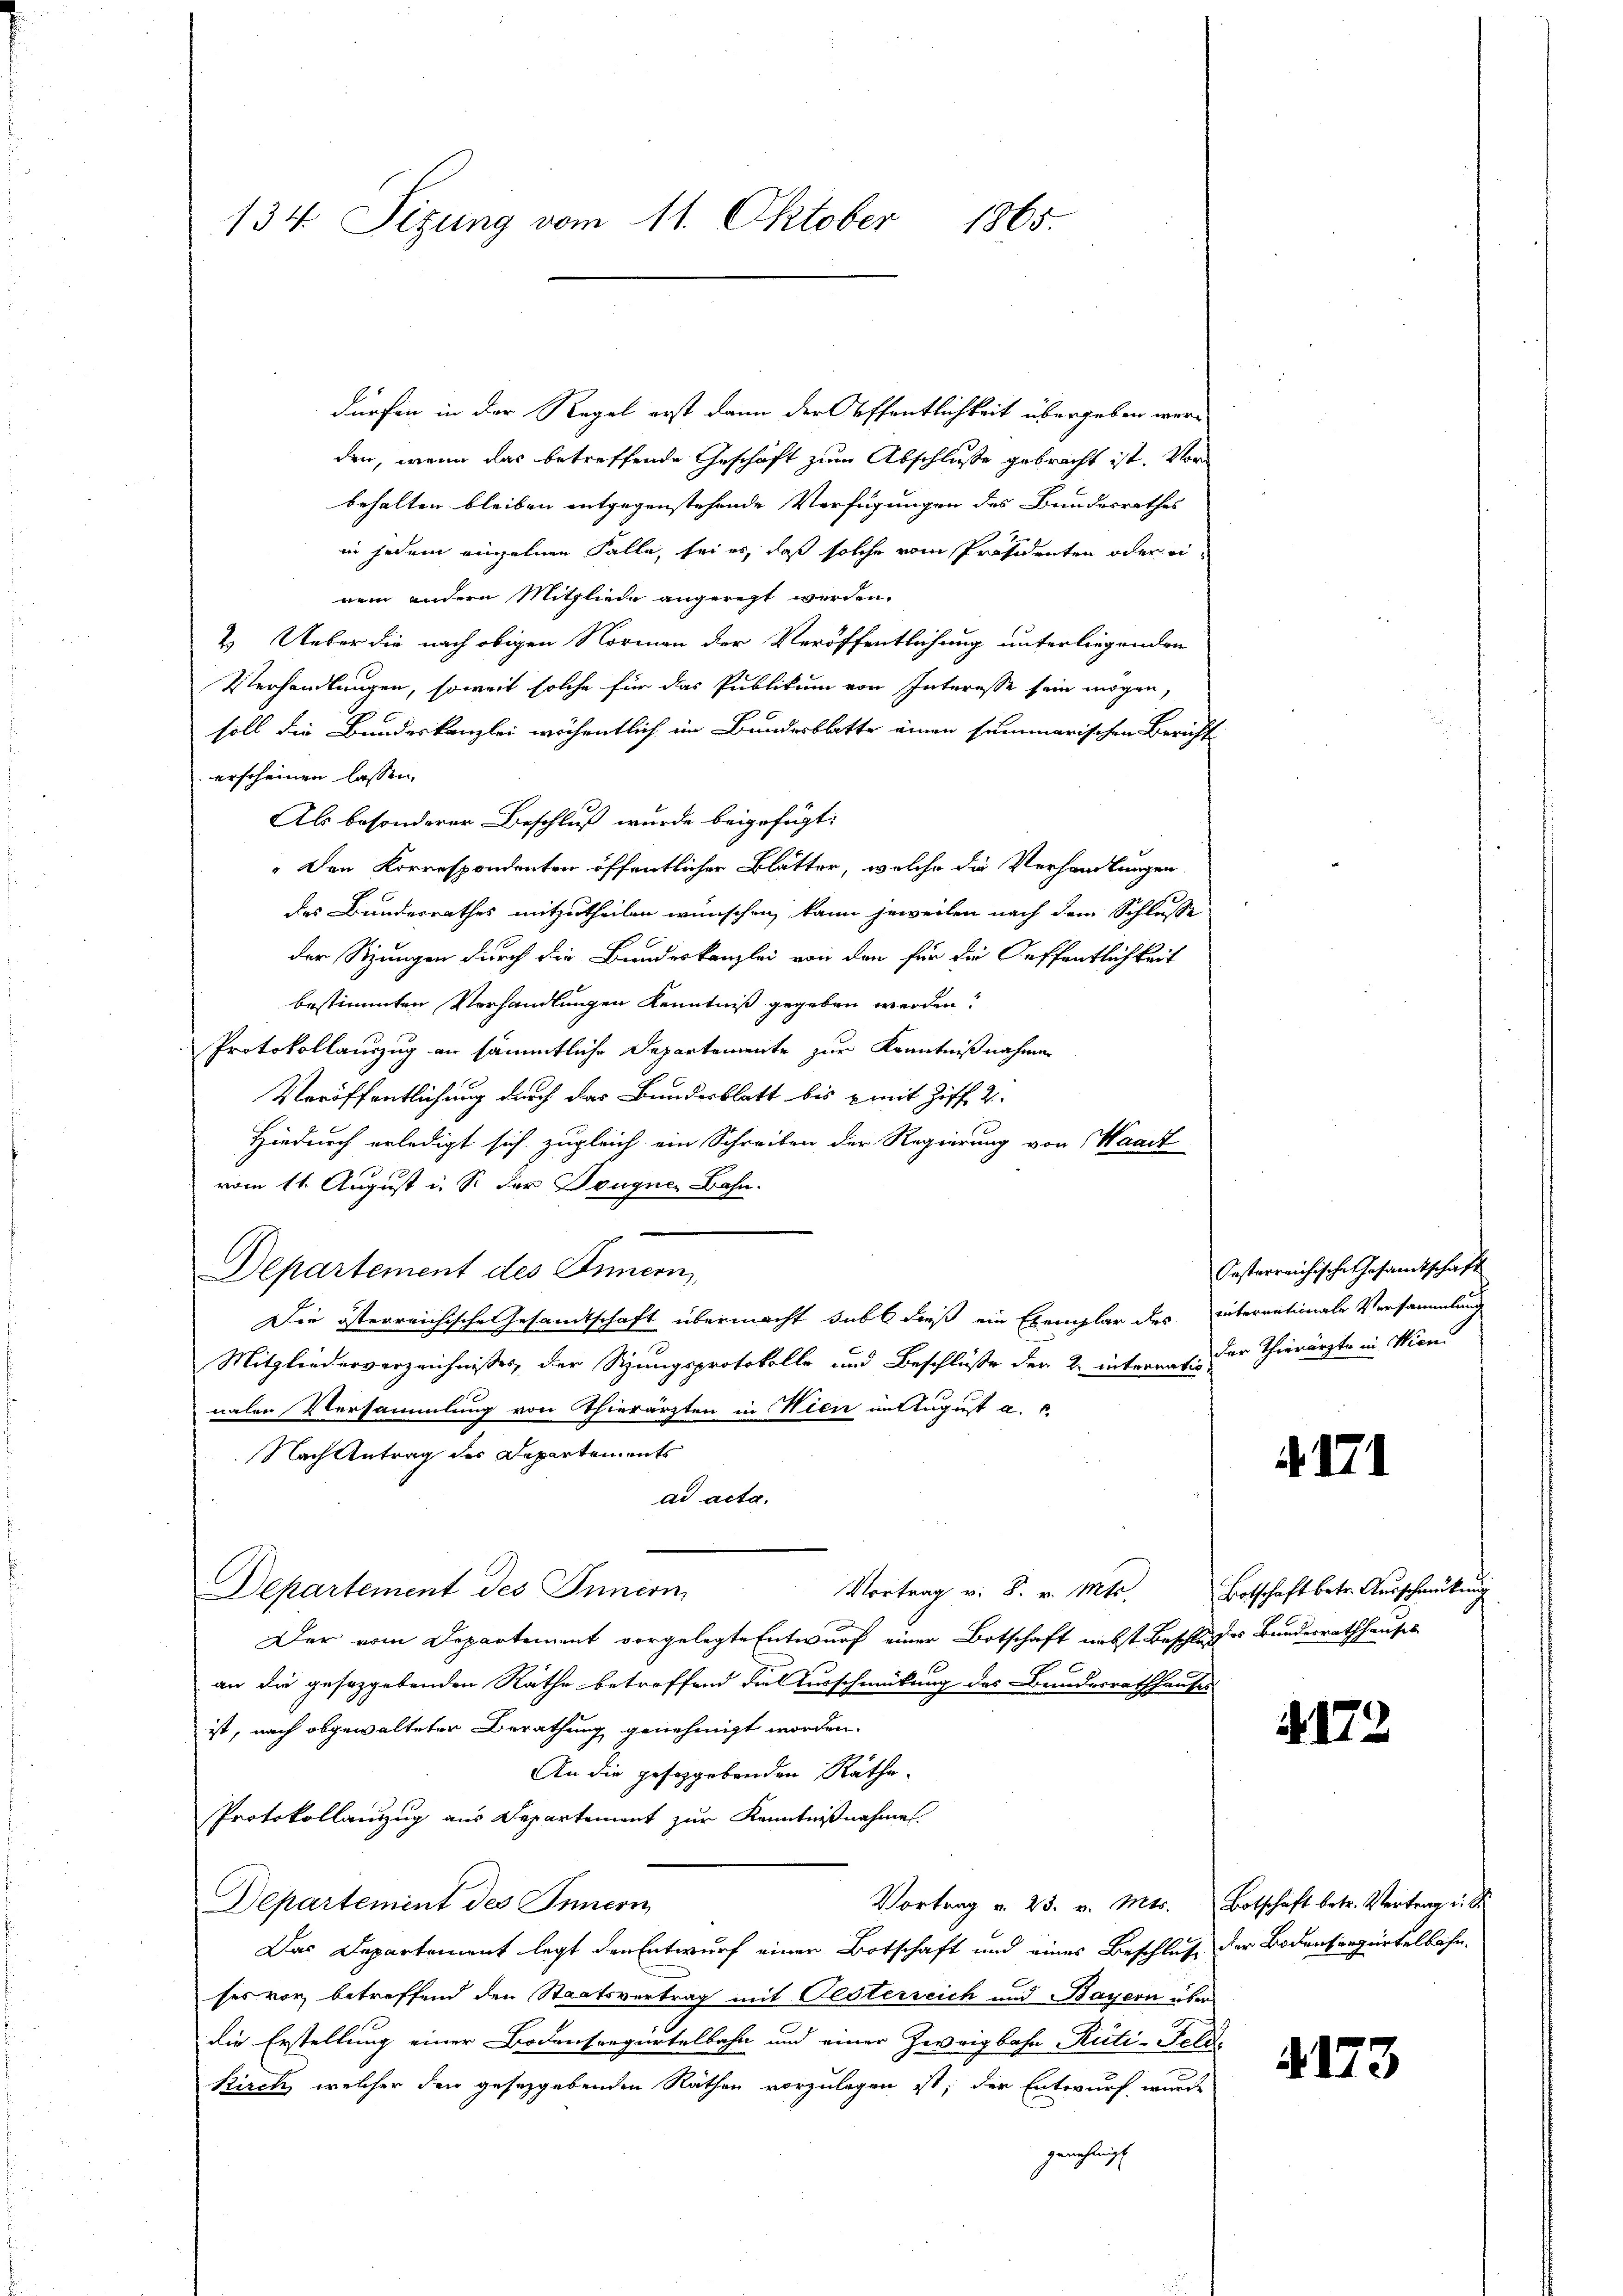
134 Sizung vom 11. Oktober 1865.

dürfen in der Regel erst dann der Offentlichkeit übergeben werden, wenn das betreffende Geschäft zum Abschlusse gebracht ist. Vor
behalten bleiben entgegenstehende Verfügungen des Bundesrathes
in jedem einzelnen Falle, sei es, daß solche vom Präsidenten oder einem andern Mitgliede angeregt werden.
2. Ueber die nach obigen Normen der Veröffentlichung unterliegenden
Verhandlungen, soweit solche für das Publikum von Interesse sein mögen,
soll die Bundeskanzlei wöchentlich im Bundesblatte einen summarischen Bericht
erscheinen lassen.
Als besonderer Beschluß wurde beigefügt:
Den Korrespondenten öffentlicher Blätter, welche die Verhandlungen.
des Bunderrathes mitzutheilen wünschen, kann jeweilen nach dem Schlusse
der Sitzungen durch die Bundeskanzlei von den für die Oeffentlichkeit
bestimmten Verhandlungen Kenntniß gegeben werden?
Protokollauszug an sämmtliche Departemente zur Kenntnißnahmen
Veröffentlichung durch das Bundesblatt bis mit Ziff. 2
Hiedurch erledigt sich zugleich ein Schreiben der Regierung von Waadt
10
vom 11. August i. S. der Deugnen Bahn.
Departement des Innern,
Die österreichische Gesandtschaft übermacht subt dieß ein Exemplar des internationale Versammlung
Mitgliederverzeichnisses der Sizungsprotokolle und Beschlüße der 2. internat. Der Thierärzte in Wien
nalen Versammlung von Thierärzten in Nien in August a. c.
Nach Antrag des Departements
ad acta.
Departement des Innern
Vortrag v. 8. v. Mts.
Der vom Departement vorgelegte Entwurf einer Botschaft nebst Beschluges Bundesrathhauses
an die gesezgebenden Räthe betroffend die Ausschmückung des Bundesrathhauses
ist, nach abgewalteter Berathung genehmigt worden.
An die geseggebenden Räthe.
Protokollanzug aus Departement zur Kenntnißnahmen.
Vortrag v. 23. v. Mts. Botschaft betr. Vertrag d. d.
Departement des Innern
Das Departement legt den Entwurf einer Botschaft und eines Beschluß der Bodenseegürtelbahn-
ses vor betreffend den Staatsvertrag mit Oesterreich und Bayern über
die Erstellung einer Bodensergertelbahn und einer Zweigbahn-Rüti-Feld-
Kirch, welcher den geseggebenden Räthen vorzulegen ist, der Entwurf, wurde
genehmigt.

Oesterreichische Gesamtschaft

171

Botschaft betr. Ausschmückung

172

4173